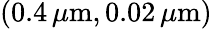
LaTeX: (0.4\, \mu\mathrm{m},0.02\, \mu\mathrm{m})